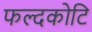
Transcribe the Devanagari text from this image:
फल्दकोटि